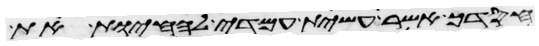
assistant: חסדך אשר עשית עמדי להחיות את